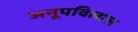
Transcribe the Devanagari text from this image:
अनूपविलास